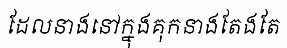
ដែលនាងនៅក្នុងគុកនាងតែងតែ